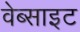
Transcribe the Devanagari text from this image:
वेब्साइट